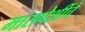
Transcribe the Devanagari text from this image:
मासपेशींचे